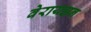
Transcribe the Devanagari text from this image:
वेरायझन